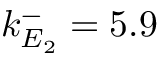
k _ { E _ { 2 } } ^ { - } = 5 . 9